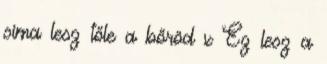
sima lesz tőle a bőröd x Ez lesz a